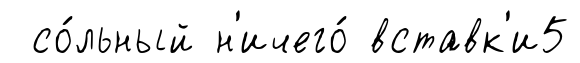
со́льный н'ичего́ вставк'и5